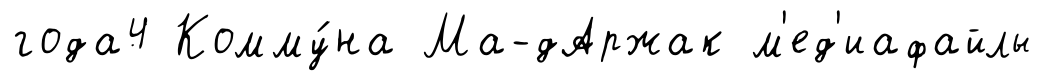
года4 Комму́на Ма-дАржак м'ед'иафайлы